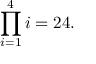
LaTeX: \prod _ { i = 1 } ^ { 4 } i = 2 4 .